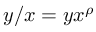
y / x = y x ^ { \rho }